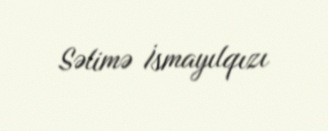
Səlimə İsmayılqızı